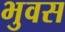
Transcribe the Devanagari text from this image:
भुवस